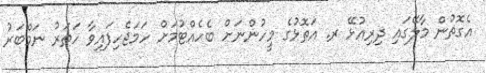
އެގޮތުން މާލޭގައި ދިރިއުޅޭ ރ. އަތޮޅުގެ މީހުންނަށް ބެހެއްޓުމަށް ހަމަޖެހިފައިވާ ހަތަރު ނަމްބަރު